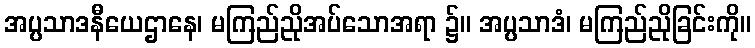
အပ္ပသာဒနီယေဌာနေ၊ မကြည်ညိုအပ်သောအရာ ၌။ အပ္ပသာဒံ၊ မကြည်ညိုခြင်းကို။